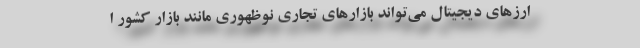
ارزهای دیجیتال می‌تواند بازارهای تجاری نوظهوری مانند بازار کشور ا